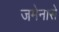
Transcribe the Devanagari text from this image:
जमेनासे